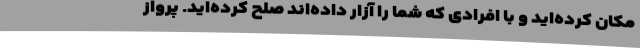
مکان کرده‌اید و با افرادی که شما را آزار داده‌اند صلح کرده‌اید. پرواز